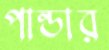
পান্ডার